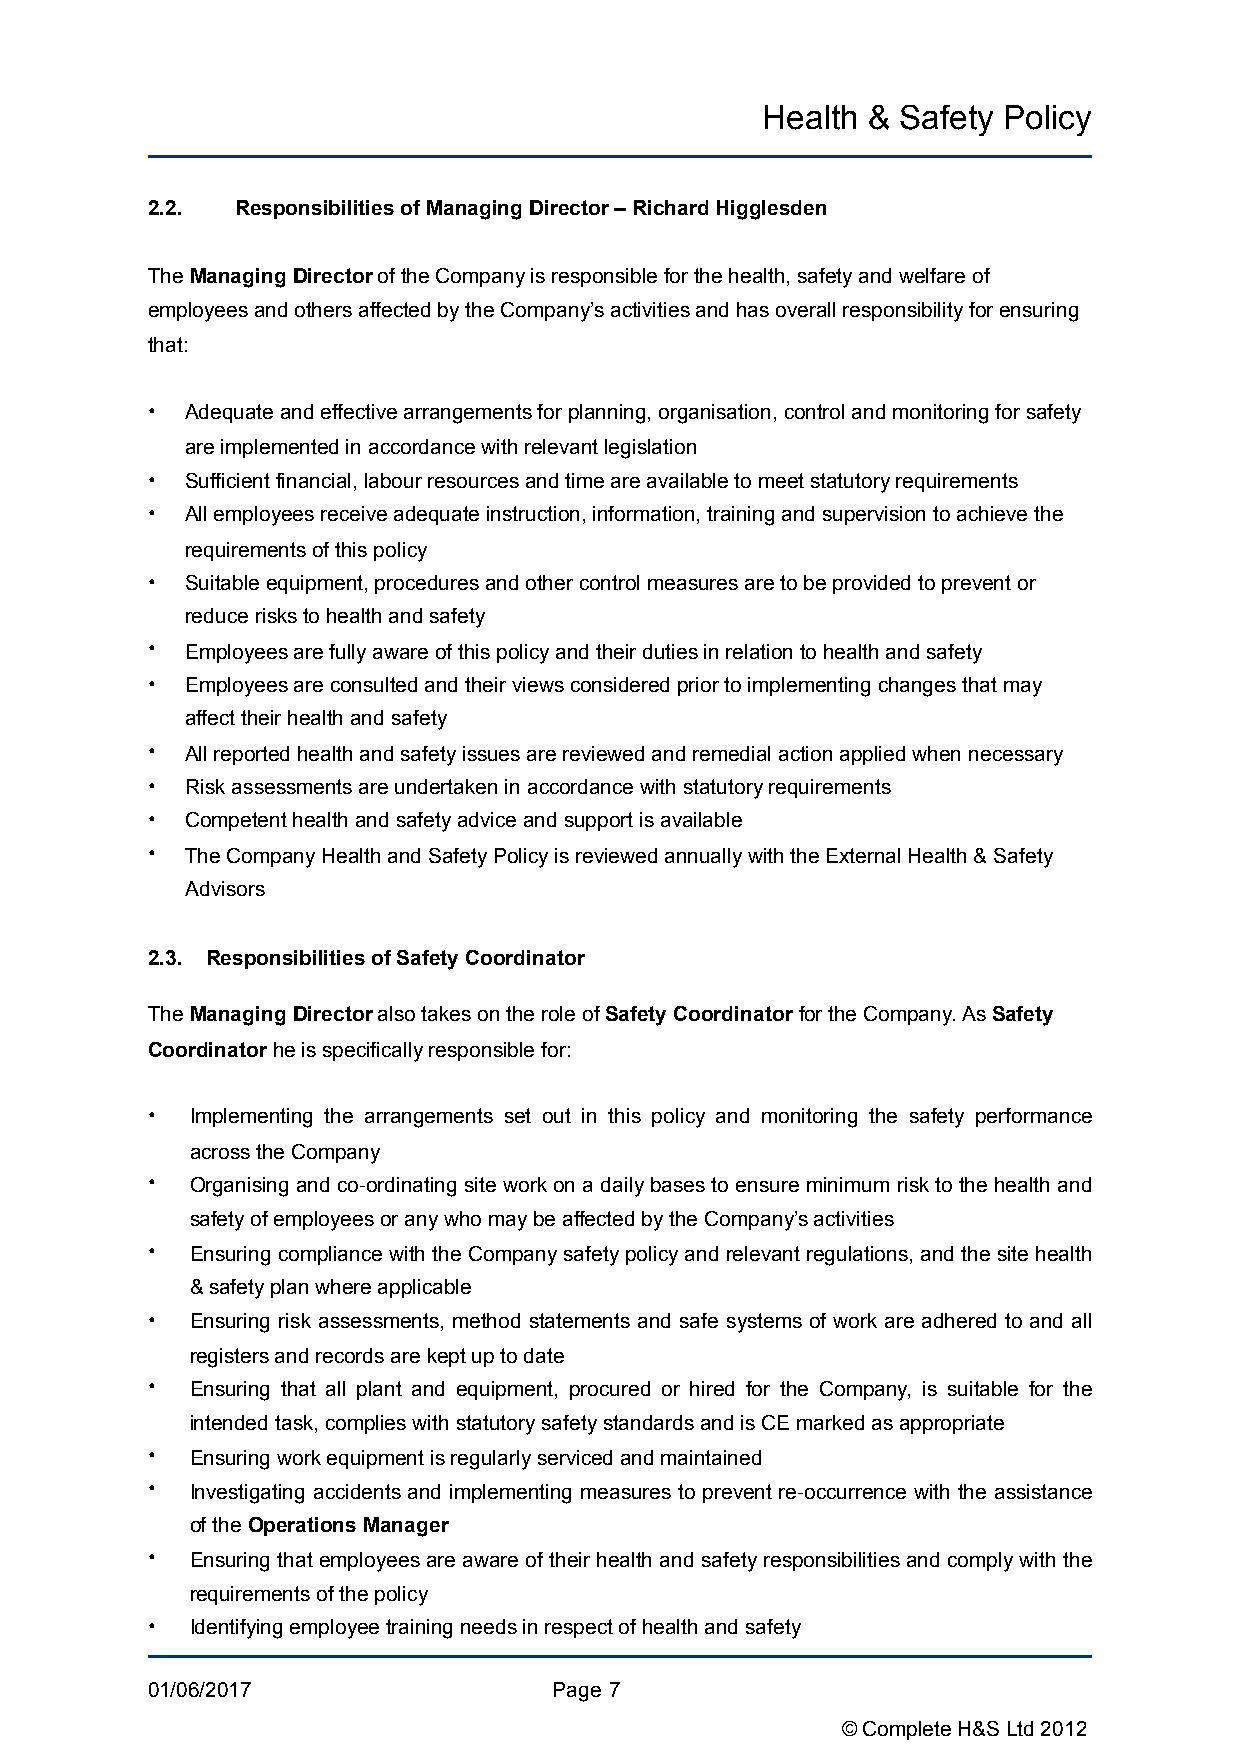
Health &  Safety Policy
 2.2.  Responsibilities of Managing Director – Richard Higglesden
 The Managing Director of the Company is responsible for the health, safety and welfare of
 employees and others affected by the Company’s activities and has overall responsibility for ensuring
 that:
 • Adequate and effective arrangements for planning, organisation, control and monitoring for safety
 are implemented in accordance with relevant legislation
 • Sufficient financial, labour resources and time are available to meet statutory requirements
 • All employees receive adequate instruction, information, training and supervision to achieve the
 requirements of this policy
 • Suitable equipment, procedures and other control measures are to be provided to prevent or
 reduce risks to health and safety
 • Employees are fully aware of this policy and their duties in relation to health and safety
 • Employees are consulted and their views considered prior to implementing changes that may
 affect their health and safety
 • All reported health and safety issues are reviewed and remedial action applied when necessary
 • Risk assessments are undertaken in accordance with statutory requirements
 • Competent health and safety advice and support is available
 • The Company Health and Safety Policy is reviewed annually with the External Health & Safety
 Advisors
 2.3. Responsibilities of Safety Coordinator
 The Managing Director also takes on the role of Safety Coordinator for the Company. As Safety
 Coordinator he is specifically responsible for:
 •  Implementing the arrangements set out in this policy and monitoring the safety performance
 across the Company
 •  Organising and co-ordinating site work on a daily bases to ensure minimum risk to the health and
 safety of employees or any who may be affected by the Company’s activities
 •  Ensuring compliance with the Company safety policy and relevant regulations, and the site health
 & safety plan where applicable
 •  Ensuring risk assessments, method statements and safe systems of work are adhered to and all
 registers and records are kept up to date
 •  Ensuring that all plant and equipment, procured or hired for the Company, is suitable for the
 intended task, complies with statutory safety standards and is CE marked as appropriate
 •  Ensuring work equipment is regularly serviced and maintained
 •  Investigating accidents and implementing measures to prevent re-occurrence with the assistance
 of the Operations Manager
 •  Ensuring that employees are aware of their health and safety responsibilities and comply with the
 requirements of the policy
 •  Identifying employee training needs in respect of health and safety
 01/06/2017                 Page !7
 © Complete H&S Ltd 2012